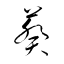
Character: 葵